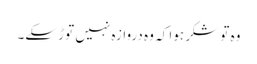
وہ تو شکر ہوا کہ وہ دروازہ نہیں توڑ سکے۔